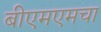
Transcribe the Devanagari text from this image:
बीएमएमचा